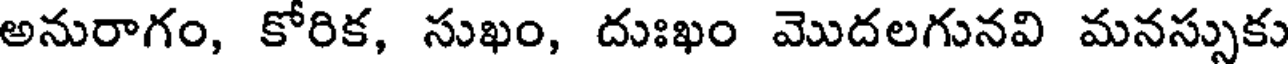
అనురాగం, కోరిక, సుఖం, దుఃఖం మొదలగునవి మనస్సుకు